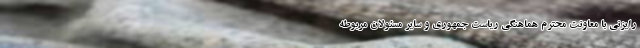
رایزنی با معاونت محترم هماهنگی ریاست جمهوری و سایر مسئولان مربوطه